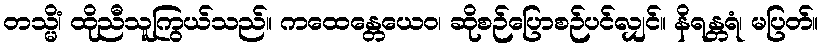
တသ္မိံ၊ ထိုညီသူကြွယ်သည်။ ကထေန္တေယေဝ၊ ဆိုစဉ်ပြောစဉ်ပင်လျှင်။ နိရန္တရံ၊ မပြတ်။